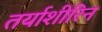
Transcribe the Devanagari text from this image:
तर्याशीरिन